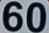
60